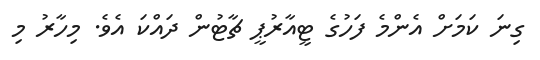
ގިނަ ކަމަށް އެންމެ ފަހުގެ ޓީއާރުޕީ ޗާޓުން ދައްކަ އެވެ. މިހާރު މި